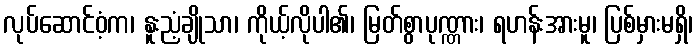
လုပ်ဆောင်ဝံ့က၊ နူးညံ့ချိုသာ၊ ကိုယ့်လိုပါ၏၊ မြတ်စွာပုဏ္ဏား၊ ရဟန်းအားမူ၊ ပြစ်မှားမရှိ၊